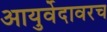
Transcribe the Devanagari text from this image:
आयुर्वेदावरच